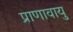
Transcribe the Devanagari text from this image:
प्राणावायु